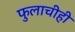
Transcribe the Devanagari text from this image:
फुलाचीही